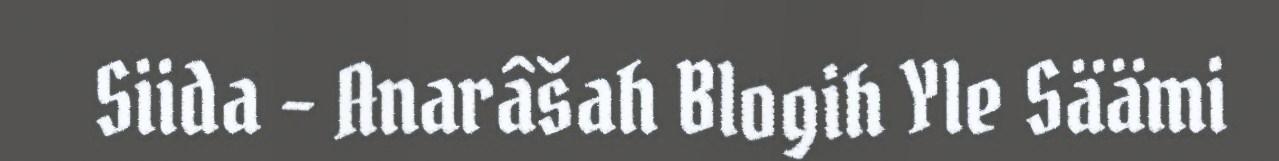
Siida – Anarâšah Blogih Yle Säämi